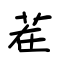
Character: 茬